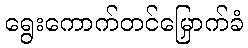
ရွေးကောက်တင်မြှောက်ခံ